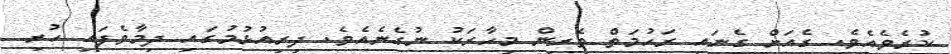
ކުރެވެއެވެ. ގެއަށް ގެނައި ރަހުމަތް ތެރިން މިހާރަކު ނުގެނެއެވެ. ދިރިއުޅުމުގައި ދިމާވެފައި ހުރި